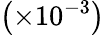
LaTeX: \left(\times 10^{-3}\right)